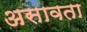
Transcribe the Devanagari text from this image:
असावता